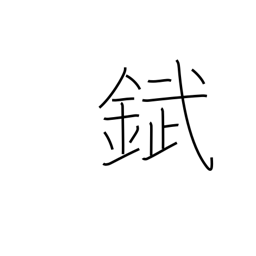
Meaning: tin plate